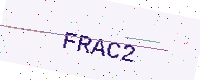
Text: FRAC2